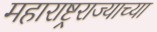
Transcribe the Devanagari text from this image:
महाराष्ट्रराज्याच्या